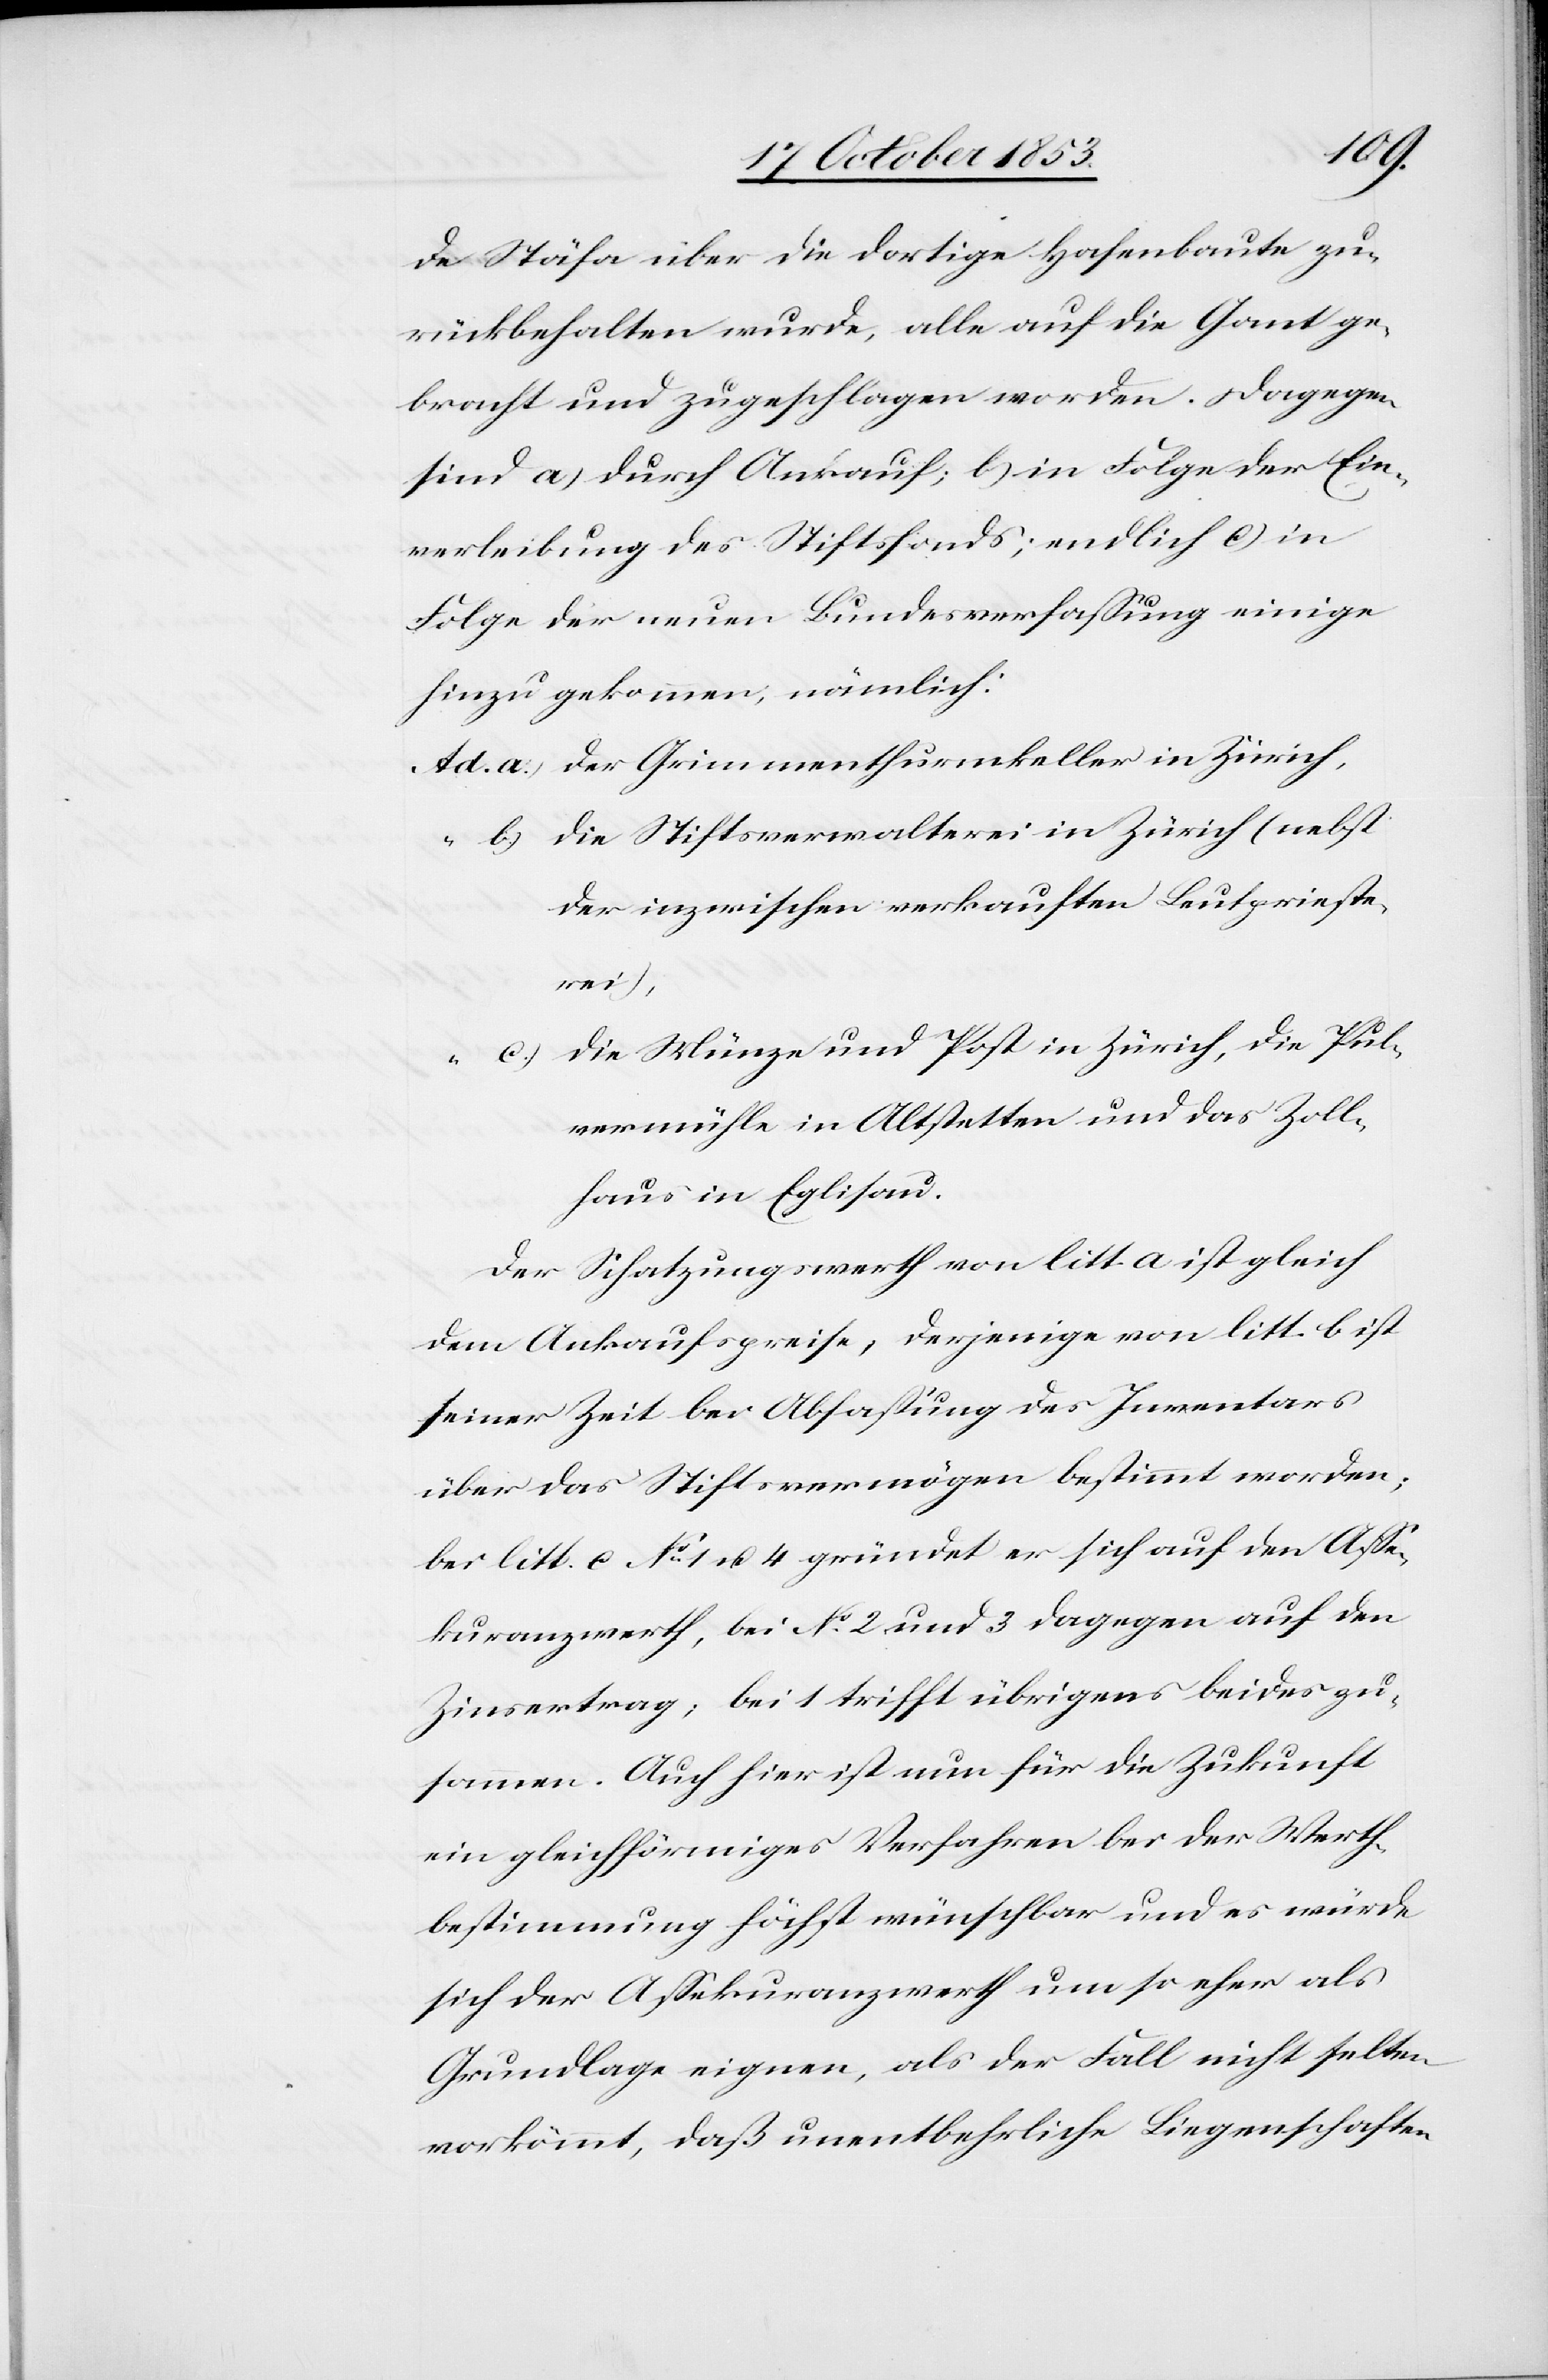
de Stäfa über die dortige Hasenbaute zu¬
rückbehalten wurde, alle auf die Gant ge¬
bracht und zugeschlagen worden. Dagegen
sind a) durch Ankauf, b) in Folge der Ein¬
verleibung des Stiftsfonds; endlich c) in
Folge der neuen Bundesverfaßung einige
hinzu gekommen, nämlich:
Ad a) Der Grimmenthurmkeller in Zürich,
b) Die Stiftsverwalter in Zürich (nebst
der inzwischen verkauften Leutprieste¬
rei),
c) Die Münze und Post in Zürich, die Pul¬
vermühle in Altstetten und das Zoll¬
haus in Eglisau.
Der Schatzungswerth von litt a ist gleich
dem Ankaufspreise, derjenige von litt. b ist
seiner Zeit bei Abfaßung des Inventars
über das Stiftsvermögen bestimmt worden;
bei litt c. N° 1 u. 4 gründet er sich auf den Aße¬
kuranzwerth, bei N° 2 und 3 dagegen auf den
Zinsertrag, bei 1 trifft übrigens beides zu¬
sammen. Auch hier ist nun für die Zukunft
ein gleichförmiges Verfahren bei der Werth¬
bestimmung höchst wünschbar und es würde
sich der Aßekuranzwerth um so eher als
Grundlage eignen, als der Fall nicht selten
vorkömmt, daß unentbehrliche Liegenschaften